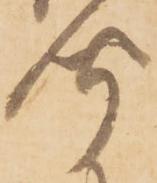
聞